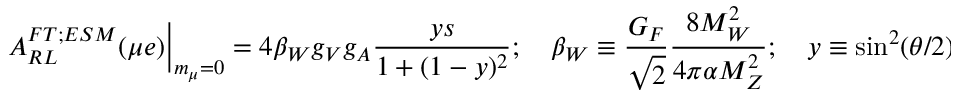
\left. A _ { R L } ^ { F T ; E S M } ( \mu e ) \right\vert _ { m _ { \mu } = 0 } = 4 \beta _ { W } g _ { V } g _ { A } \frac { y s } { 1 + ( 1 - y ) ^ { 2 } } ; \quad \beta _ { W } \equiv \frac { G _ { F } } { \sqrt { 2 } } \frac { 8 M _ { W } ^ { 2 } } { 4 \pi \alpha M _ { Z } ^ { 2 } } ; \quad y \equiv \sin ^ { 2 } ( \theta / 2 ) ,